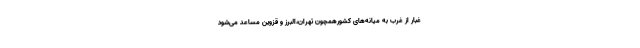
غبار از غرب به میانه‌های کشورهمچون تهران،البرز و قزوین مساعد می‌شود